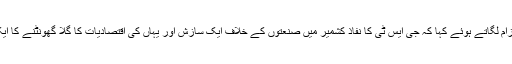
اُنہوں نے الزام لگاتے ہوئے کہا کہ جی ایس ٹی کا نفاذ کشمیر میں صنعتوں کے خلاف ایک سازش اور یہاں کی اقتصادیات کا گلا گھونٹنے کا ایک اقدام ہے۔